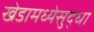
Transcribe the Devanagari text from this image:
खेडामध्येसुद्धा